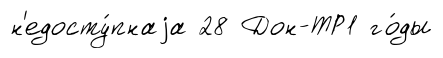
н'едосту́пнаjа 28 Дон-ТР1 го́ды